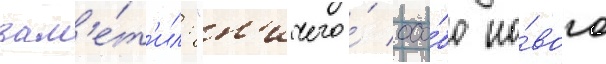
зам'е́т'ил: "н'ичего́ осо́бо но́вого